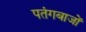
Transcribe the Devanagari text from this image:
पतंगबाजों